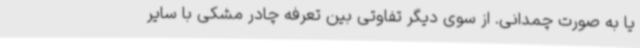
یا به‌ صورت چمدانی. از سوی دیگر تفاوتی بین تعرفه چادر‌ مشکی با سایر